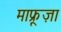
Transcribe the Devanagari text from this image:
माफ्रूज़ा